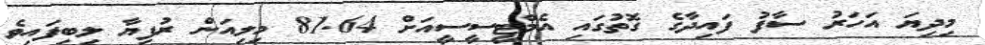
މިދިޔަ އަހަރު ސާފު ފައިދާގެ ގޮތުގައި އެމްޓީސީސީއަށް 81.64 މިލިއަން ރުފިޔާ ލިބިފައިވެ